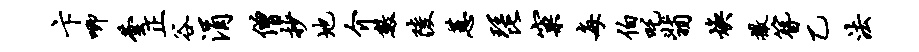
卞唧芸正谷涓僧抄地介数陵蕙琵窠每伯吒翡焕撒簪乙法